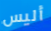
أليس